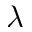
\lambda